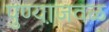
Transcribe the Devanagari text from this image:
पुण्या़जवळ